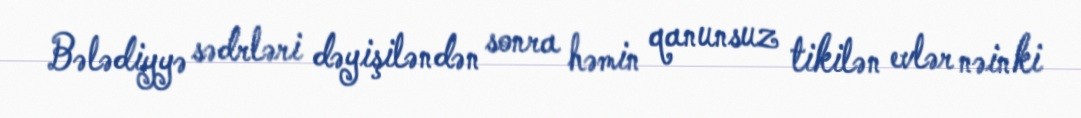
Bələdiyyə sədrləri dəyişiləndən sonra həmin qanunsuz tikilən evlər nəinki